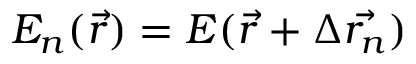
E _ { n } ( \Vec { r } ) = E ( \Vec { r } + \Delta \Vec { { r } _ { n } } )